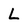
Character: L